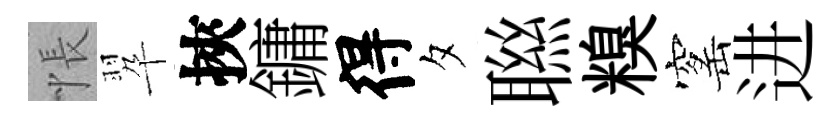
悵翆挾鏞得夕聮糗窰进